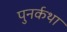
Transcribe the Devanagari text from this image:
पुनर्कथा